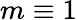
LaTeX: m\equiv 1